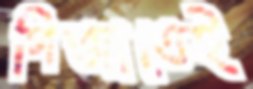
গিজাতেই